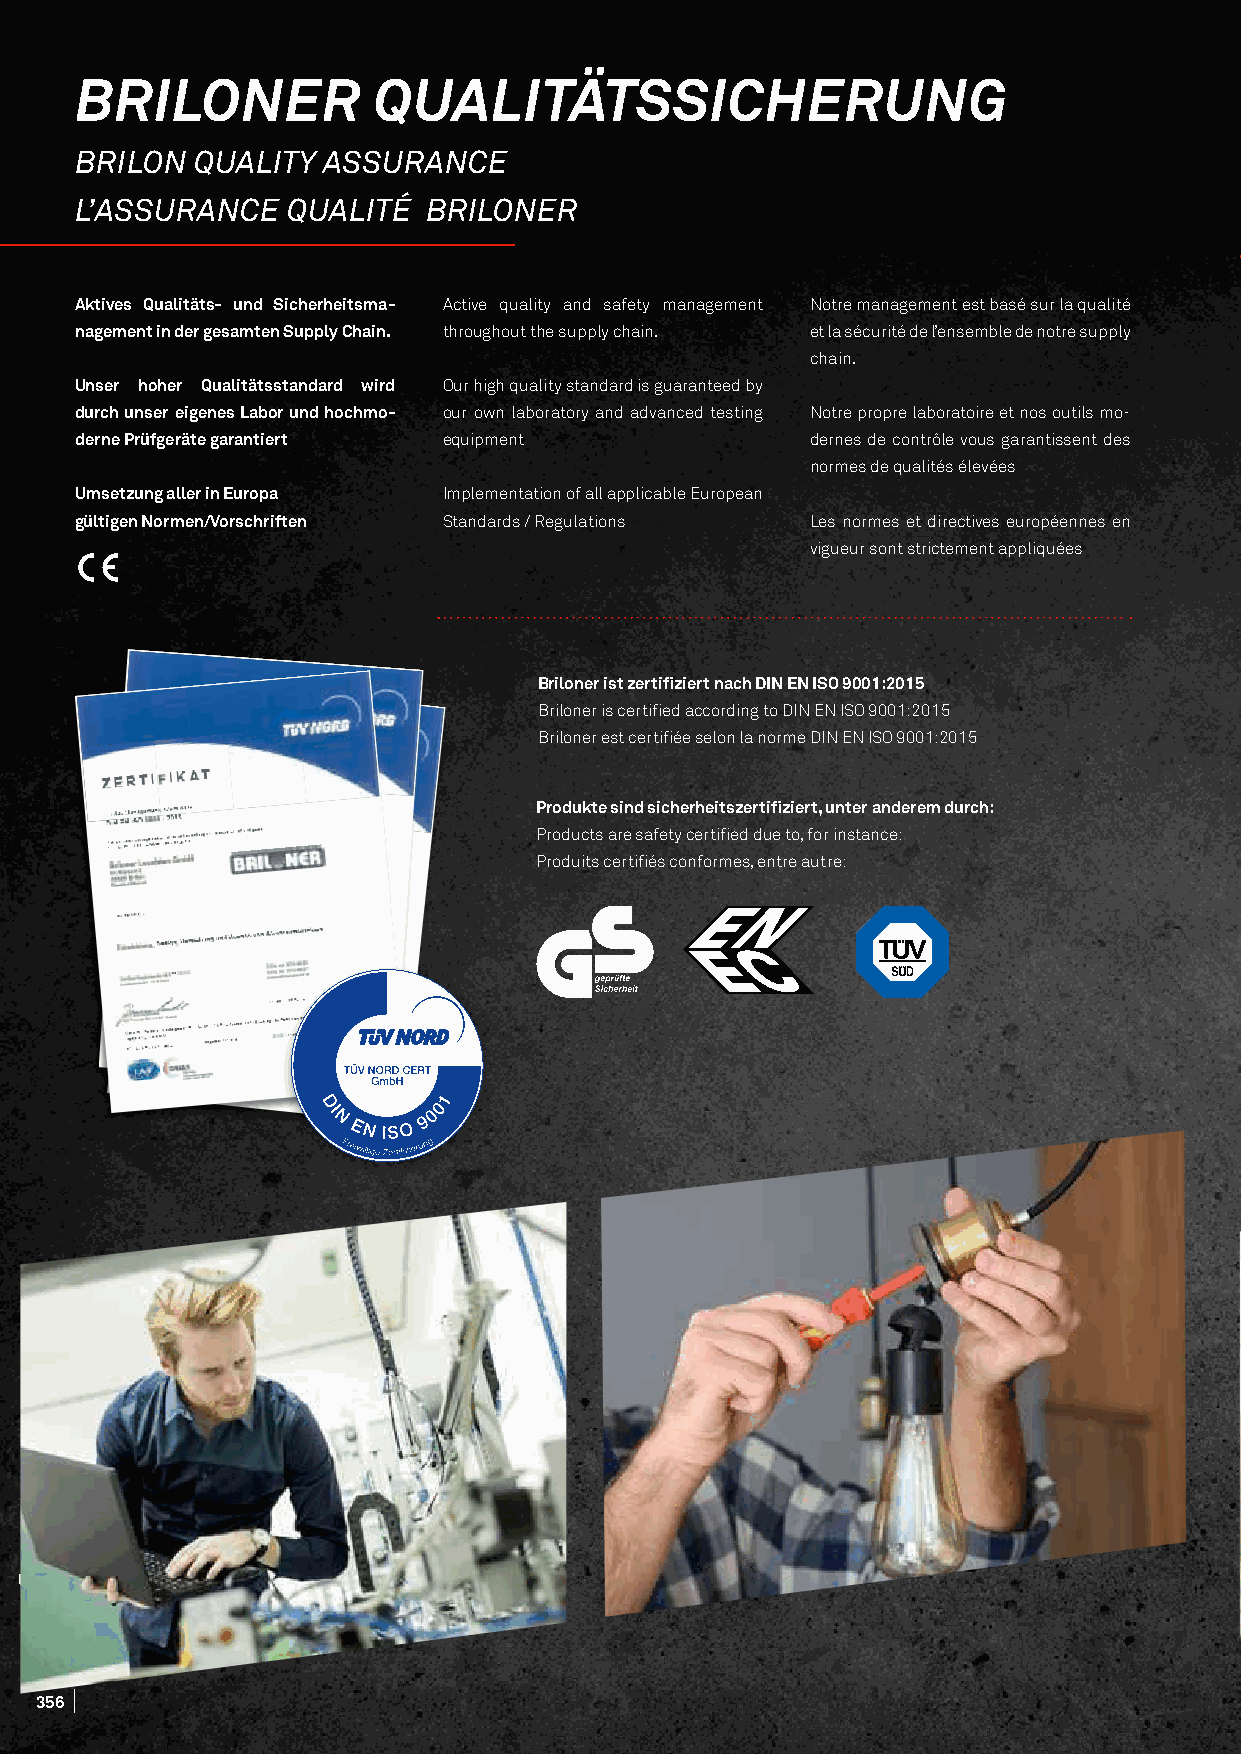
BRILONER            QUALITÄTSSICHERUNG
 BRILON  QUALITY ASSURANCE
 L’ASSURANCE   QUALITÉ  BRILONER
 Aktives Qualitäts- und Sicherheitsma- Active quality and safety management Notre management est basé sur la qualité
 nagement in der gesamten Supply Chain. throughout the supply chain. et la sécurité de l’ensemble de notre supply
 chain.
 Unser hoher Qualitätsstandard wird Our high quality standard is guaranteed by
 durch unser eigenes Labor und hochmo- our own laboratory and advanced testing Notre propre laboratoire et nos outils mo-
 derne Prüfgeräte garantiert equipment            dernes de contrôle vous garantissent des
 normes de qualités élevées
 Umsetzung aller in Europa Implementation of all applicable European
 gültigen Normen/Vorschriften Standards / Regulations Les normes et directives européennes en
 vigueur sont strictement appliquées
 Briloner ist zertifiziert nach DIN EN ISO 9001:2015
 Briloner is certified according to DIN EN ISO 9001:2015
 Briloner est certifiée selon la norme DIN EN ISO 9001:2015
 Produkte sind sicherheitszertifiziert, unter anderem durch:
 Products are safety certified due to, for instance:
 Produits certifiés conformes, entre autre:
 6362
 356